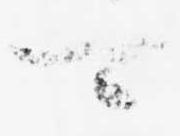
可